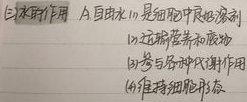
2. 自由水作用
(1) 自由水是细胞内良好溶剂
(2) 运输营养和废物
(3) 参与各种代谢作用
(4) 维持细胞形态